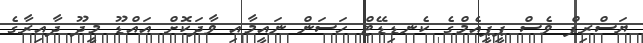
ޔަސްރިފް ވެސް ޕީޕީއެމްގެ ކެނޑިޑޭޓް ހަސަން ނައީމާއި ވާދަކޮށް އައްޑޫ މީދޫ ދާއިރާގެ